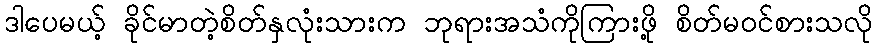
ဒါပေမယ့် ခိုင်မာတဲ့စိတ်နှလုံးသားက ဘုရားအသံကိုကြားဖို့ စိတ်မဝင်စားသလို